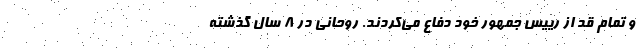
و تمام قد از رییس جمهور خود دفاع می‌کردند. روحانی در 8 سال گذشته